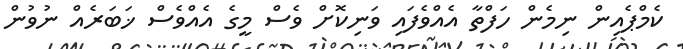
ކެމްޕެއިން ނިމެން ހަފްތާ އެއްވެފައި ވަނިކޮށް ވެސް މީގެ އެއްވެސް ޚަބަރެއް ނުވުން